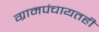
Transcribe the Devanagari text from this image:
ग्रामपंचायतही